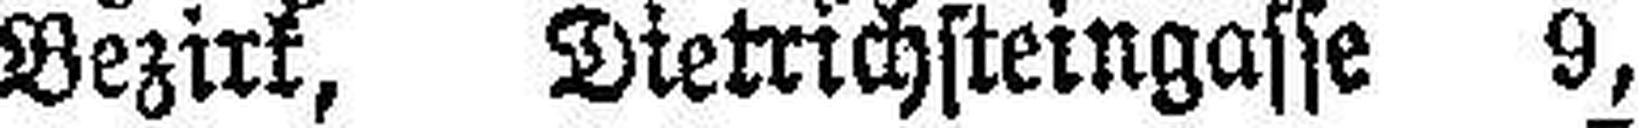
9. Bezirk, Dietrichsteingasse 9,